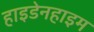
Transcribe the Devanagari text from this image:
हाइडेनहाइम